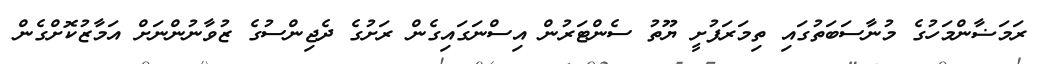
ރަމަޟާންމަހުގެ މުނާސަބަތުގައި ތިމަރަފުށީ ޔޫތު ސެންޓަރުން އިސްނަގައިގެން ރަށުގެ ދެޖިންސުގެ ޒުވާނުންނަށް އަމާޒުކޮށްގެން